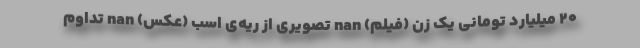
۲۰ میلیارد تومانی یک زن (فیلم) nan تصویری از ریه‌ی اسب (عکس) nan تداوم